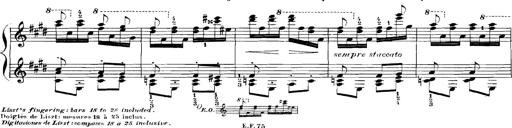
Title: Rhapsodies hongroises
Composer: Franz Liszt